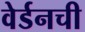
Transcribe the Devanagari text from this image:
वेर्डनची